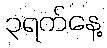
၃ရက်နေ့